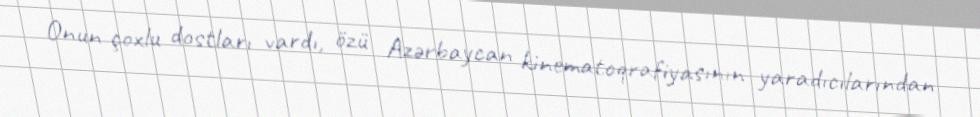
Onun çoxlu dostları vardı, özü Azərbaycan kinematoqrafiyasının yaradıcılarından